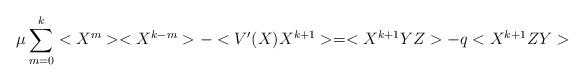
LaTeX: \begin{align*}\mu \sum_{m=0}^k<X^m><X^{k-m}> - <V'(X) X^{k+1}> = <X^{k+1} YZ> - q<X^{k+1} ZY>\end{align*}